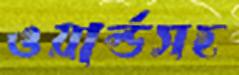
ওয়ার্ল্ডসহ